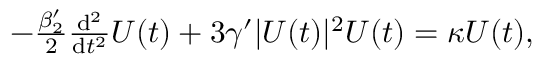
\begin{array} { r } { - \frac { \beta _ { 2 } ^ { \prime } } { 2 } \frac { \mathrm { { d } } ^ { 2 } } { \mathrm { { d } } t ^ { 2 } } U ( t ) + 3 \gamma ^ { \prime } | U ( t ) | ^ { 2 } U ( t ) = \kappa U ( t ) , } \end{array}